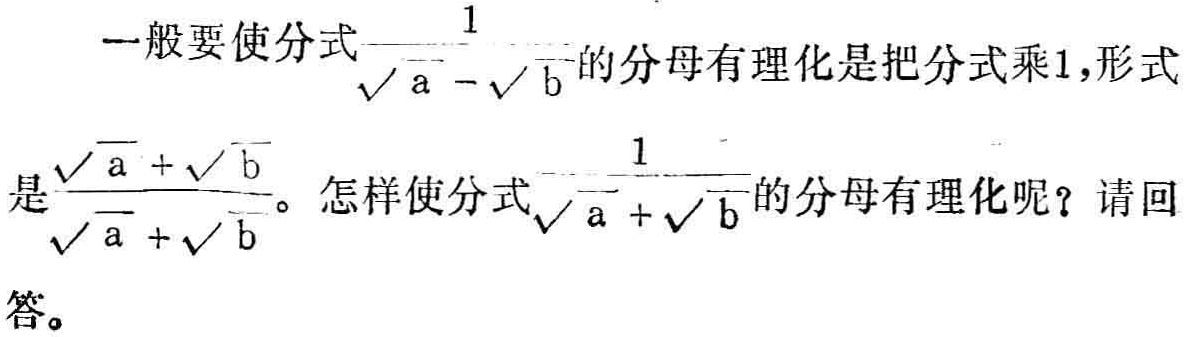
一般要使分式$\frac{1}{\sqrt{a}-\sqrt{b}}$的分母有理化是把分式乘1,形式是$\frac{\sqrt{a}+\sqrt{b}}{\sqrt{a}+\sqrt{b}}$。怎样使分式$\frac{1}{\sqrt{a}+\sqrt{b}}$的分母有理化呢？请回答。